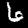
Digit: 6